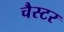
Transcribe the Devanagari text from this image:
चैस्टर